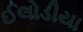
ઈલોડીયા